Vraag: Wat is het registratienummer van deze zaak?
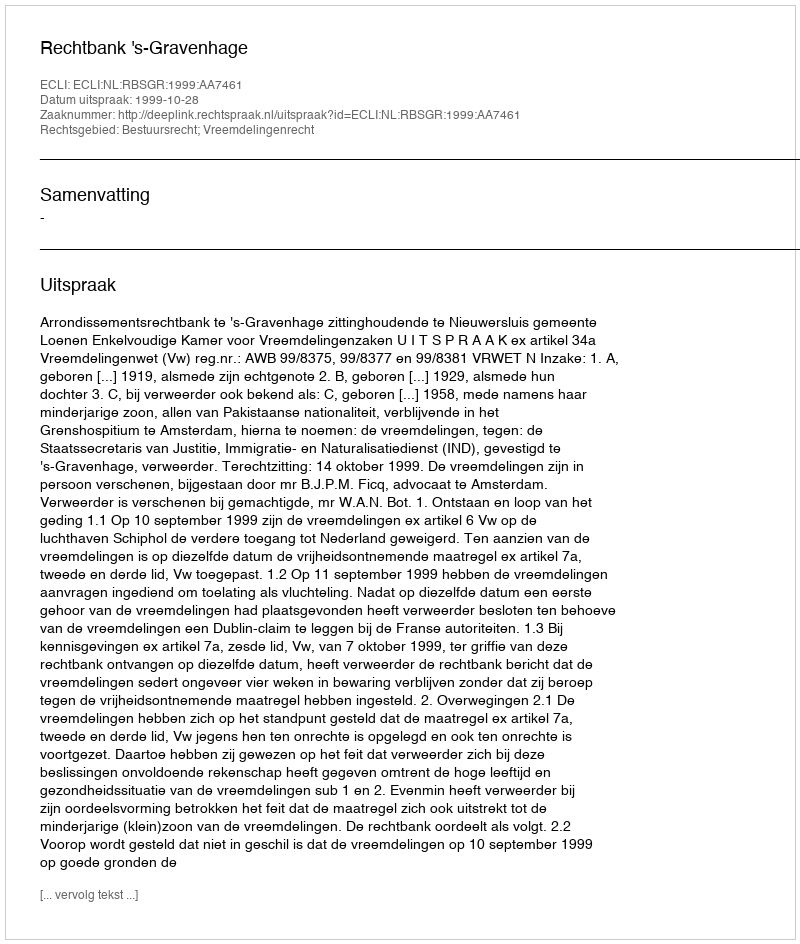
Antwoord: http://deeplink.rechtspraak.nl/uitspraak?id=ECLI:NL:RBSGR:1999:AA7461